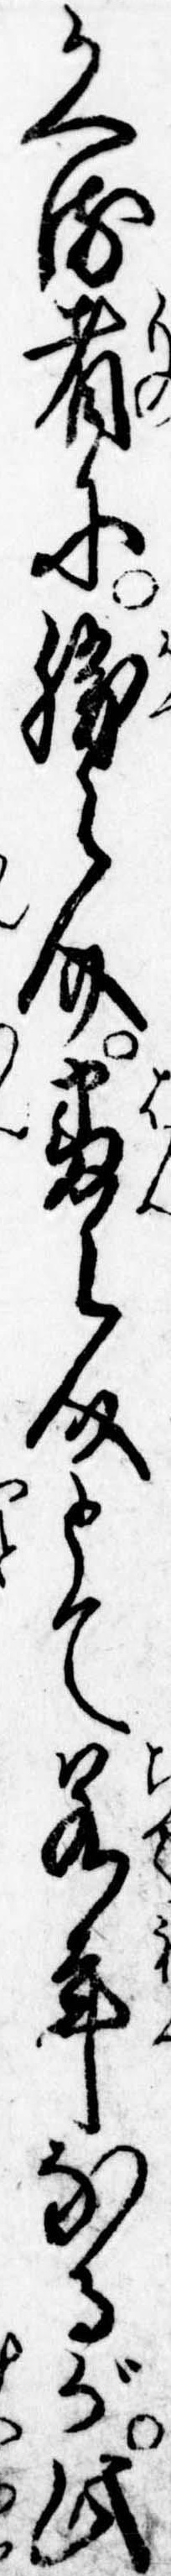
かへる者に勝之介番之介とて若年なるが此